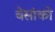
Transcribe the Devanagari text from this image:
बेसांको